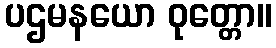
ပဌမနယော ဝုတ္တော။